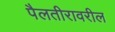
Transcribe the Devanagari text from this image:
पैलतीरावरील